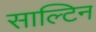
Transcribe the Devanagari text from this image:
साल्टिन